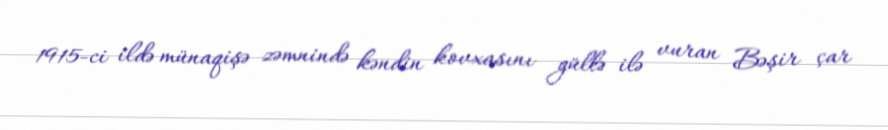
1915-ci ildə münaqişə zəmnində kəndin kovxasını güllə ilə vuran Bəşir çar